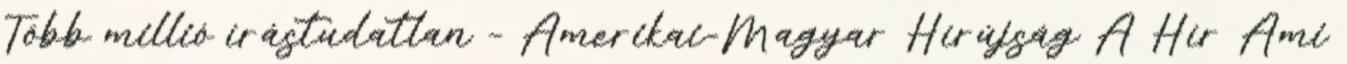
Több millió írástudatlan – Amerikai-Magyar Hírújság A Hír Ami